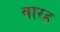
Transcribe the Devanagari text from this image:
बारह